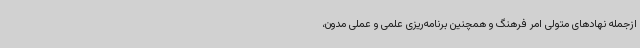
ازجمله نهادهای متولی امر فرهنگ و همچنین برنامه‌ریزی علمی و عملی مدون،